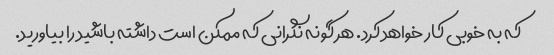
که به خوبی کار خواهد کرد. هر گونه نگرانی که ممکن است داشته باشید را بیاورید.